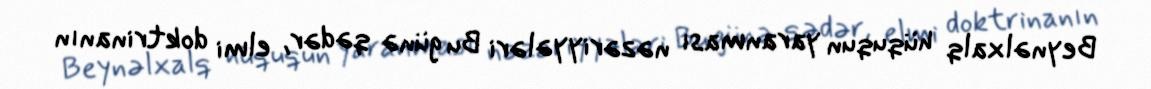
Beynəlxalq hüququn yaranması nəzəriyyələri Bu günə qədər, elmi doktrinanın